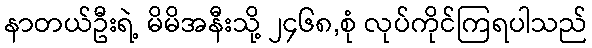
နာတယ်ဦးရဲ့ မိမိအနီးသို့ ၂၄၆၈,စုံ လုပ်ကိုင်ကြရပါသည်